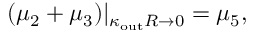
( \mu _ { 2 } + \mu _ { 3 } ) | _ { \kappa _ { \mathrm { o u t } } R \to 0 } = \mu _ { 5 } ,